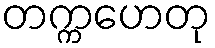
တက္ကဟေတု